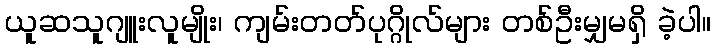
ယူဆသူဂျူးလူမျိုး၊ ကျမ်းတတ်ပုဂ္ဂိုလ်များ တစ်ဦးမျှမရှိ ခဲ့ပါ။